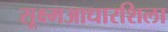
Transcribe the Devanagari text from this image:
सूक्ष्मआधारशिला